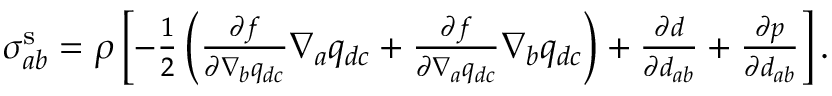
\begin{array} { r } { \sigma _ { a b } ^ { \mathrm { s } } = \rho \left[ - \frac { 1 } { 2 } \left( \frac { \partial f } { \partial \nabla _ { b } q _ { d c } } \nabla _ { a } q _ { d c } + \frac { \partial f } { \partial \nabla _ { a } q _ { d c } } \nabla _ { b } q _ { d c } \right) + \frac { \partial d } { \partial d _ { a b } } + \frac { \partial p } { \partial d _ { a b } } \right] . } \end{array}